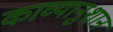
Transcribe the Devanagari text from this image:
काव्यानुशान